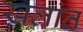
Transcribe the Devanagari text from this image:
खलांत